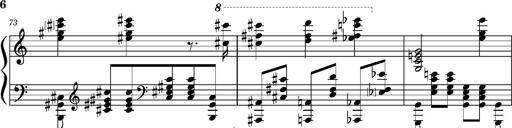
Title: PrÃ©ludes et Harmonies poÃ©tiques et religieuses
Composer: Franz Liszt